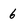
Character: 6